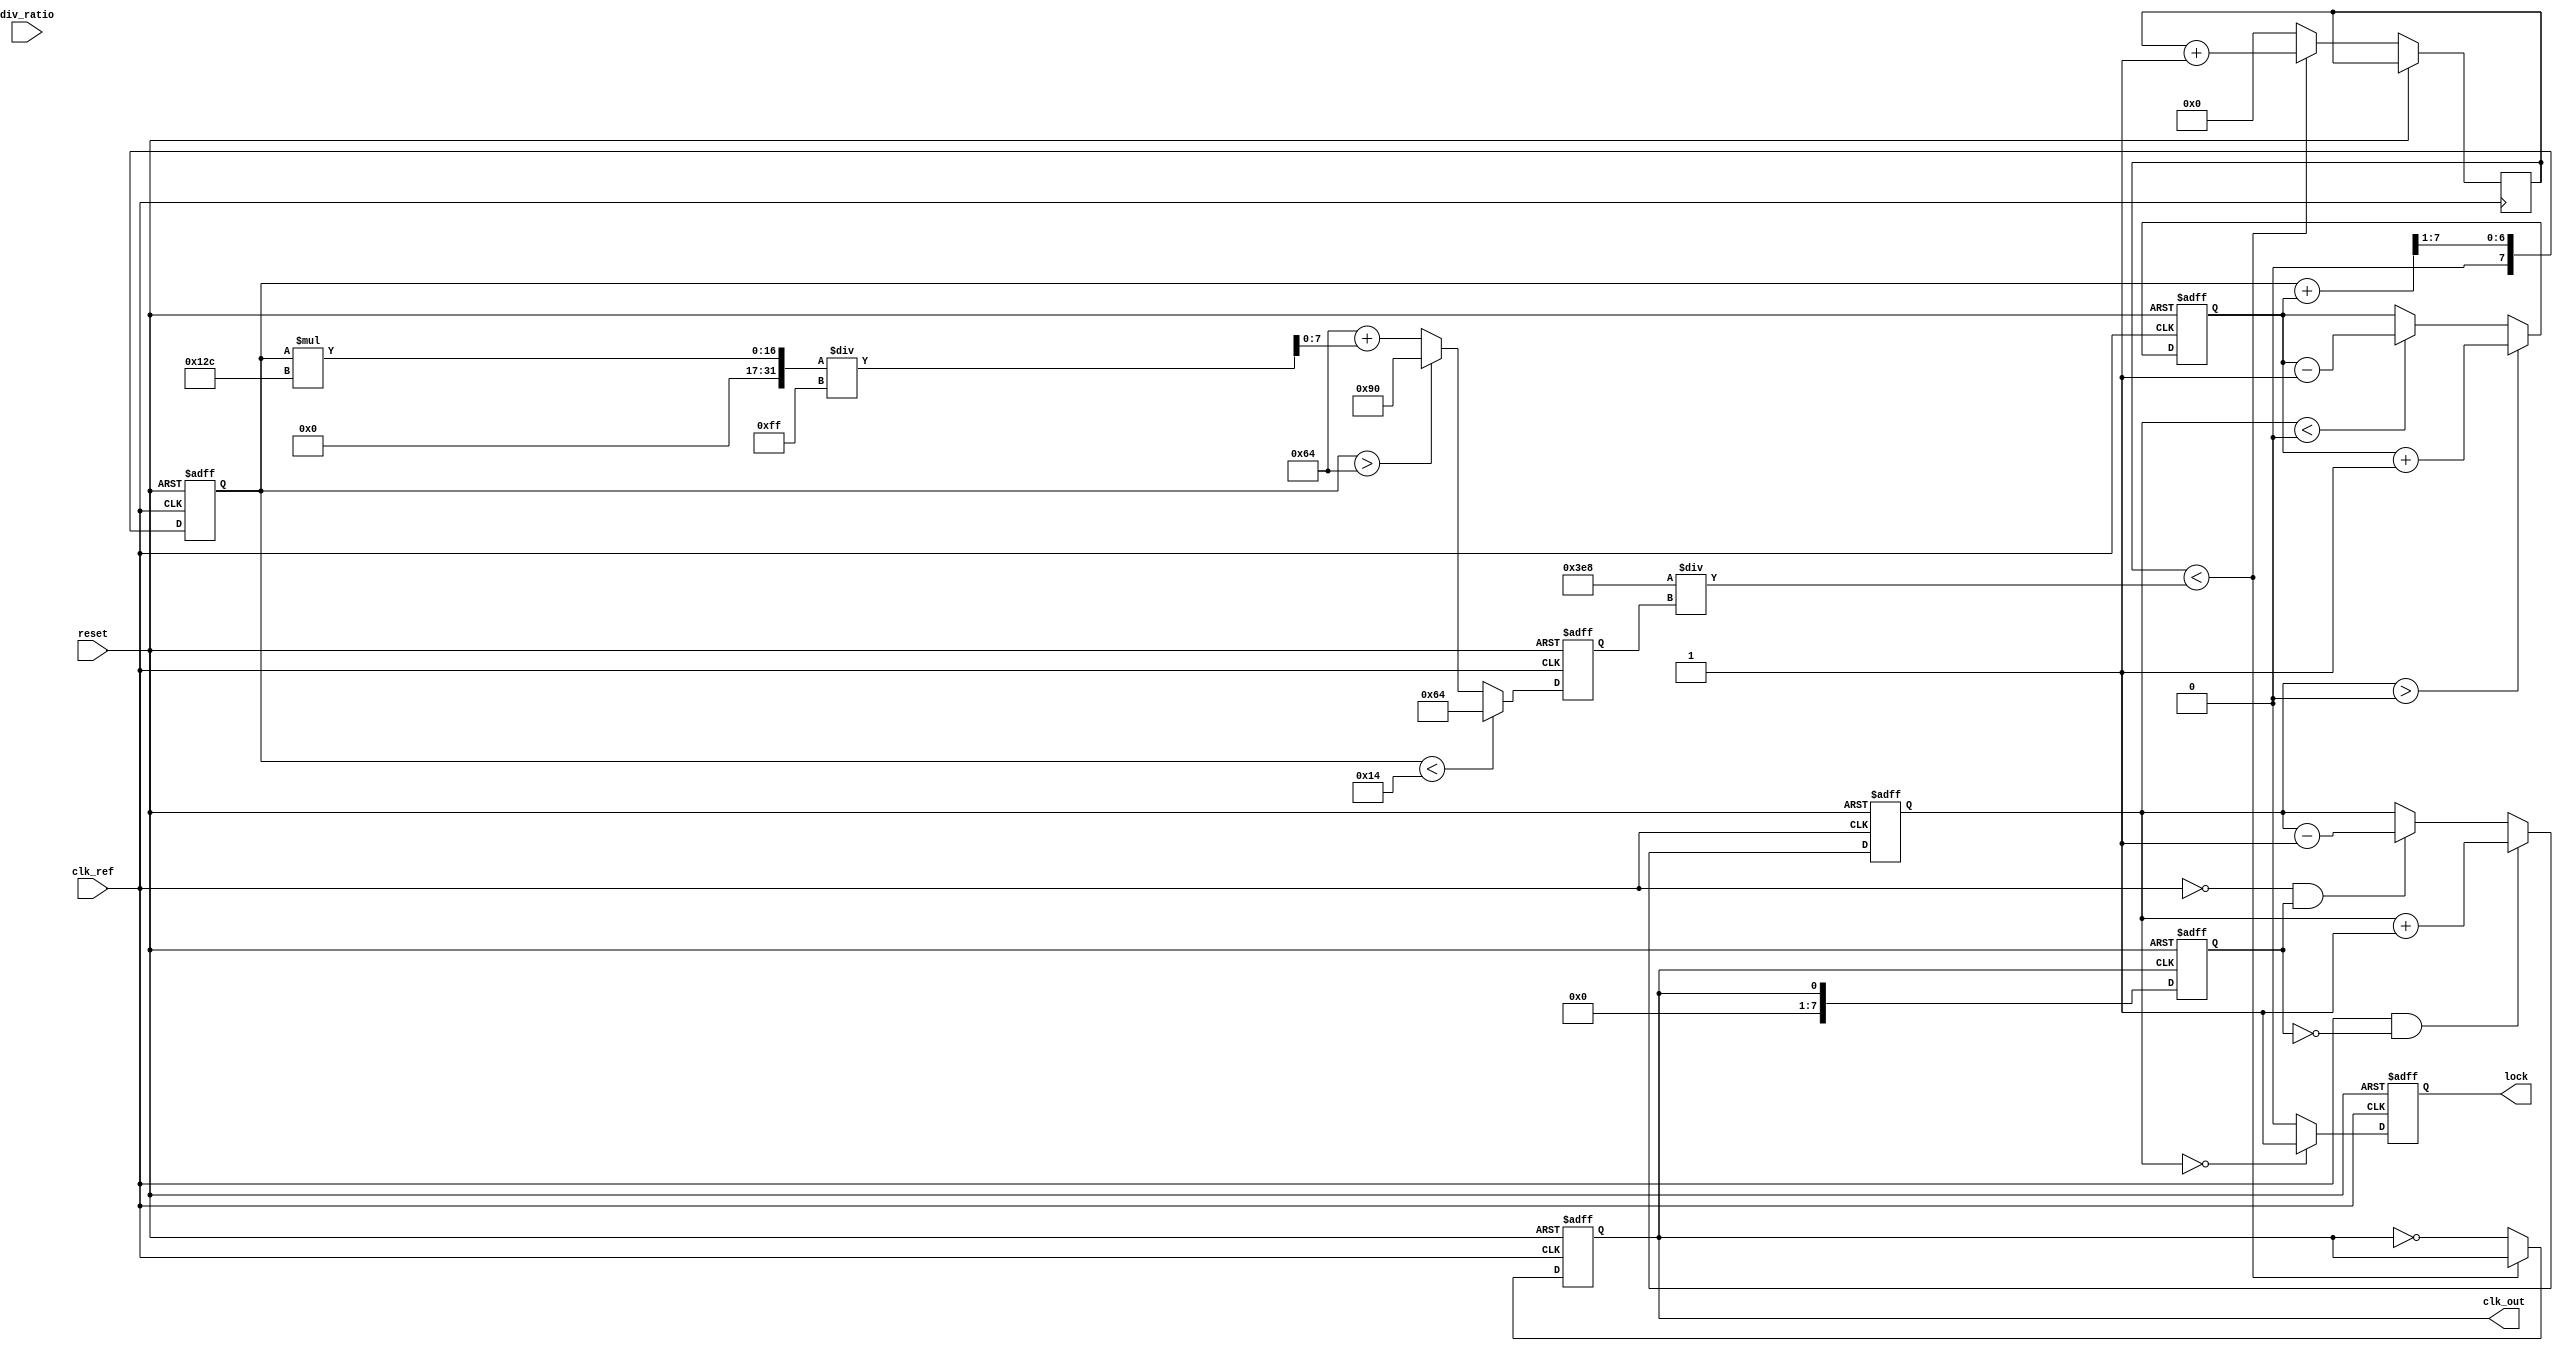
module PLL (
    input wire clk_ref,           // Input reference clock
    input wire reset,             // Active high reset
    input wire [2:0] div_ratio,   // Divider ratio for feedback clock
    output reg clk_out,           // Output clock
    output reg lock               // Lock indicator
);

// Parameters
parameter integer VCO_MAX_FREQ = 400; // Maximum VCO frequency in MHz
parameter integer VCO_MIN_FREQ = 100; // Minimum VCO frequency in MHz
parameter integer VCO_STEP = 10;      // Frequency step in MHz

// Internal signals
reg [7:0] phase_error;               // Phase error signal
reg [7:0] control_voltage;            // Control voltage from charge pump
reg [7:0] filtered_voltage;           // Filtered voltage
reg [7:0] vco_frequency;              // VCO frequency
reg [7:0] feedback_clk;               // Feedback clock from frequency divider
reg [7:0] divider_count;              // Divider count for feedback clock
reg vco_running;                      // VCO running state

// Phase Detector (PFD)
always @(posedge clk_ref or posedge reset) begin
    if (reset) begin
        phase_error <= 8'b0;
    end else begin
        // Compare reference clock with feedback clock
        if (clk_ref && !feedback_clk) begin
            phase_error <= phase_error + 1; // Increment phase error
        end else if (!clk_ref && feedback_clk) begin
            phase_error <= phase_error - 1; // Decrement phase error
        end
    end
end

// Charge Pump
always @(posedge clk_ref or posedge reset) begin
    if (reset) begin
        control_voltage <= 8'b0;
    end else begin
        // Convert phase error to control voltage
        if (phase_error > 0) begin
            control_voltage <= control_voltage + 1; // Increase control voltage
        end else if (phase_error < 0) begin
            control_voltage <= control_voltage - 1; // Decrease control voltage
        end
    end
end

// Loop Filter (Simple RC Filter model)
always @(posedge clk_ref or posedge reset) begin
    if (reset) begin
        filtered_voltage <= 8'b0;
    end else begin
        filtered_voltage <= (filtered_voltage + control_voltage) >> 1; // Simple averaging
    end
end

// Voltage-Controlled Oscillator (VCO)
always @(posedge clk_ref or posedge reset) begin
    if (reset) begin
        vco_running <= 1'b0;
        clk_out <= 1'b0;
        vco_frequency <= VCO_MIN_FREQ; // Start at minimum frequency
    end else begin
        // Adjust VCO frequency based on filtered voltage
        if (filtered_voltage < 8'd20) begin
            vco_frequency <= VCO_MIN_FREQ;
        end else if (filtered_voltage > 8'd100) begin
            vco_frequency <= VCO_MAX_FREQ;
        end else begin
            vco_frequency <= VCO_MIN_FREQ + (filtered_voltage * (VCO_MAX_FREQ - VCO_MIN_FREQ)) / 8'd255;
        end

        // Generate output clock based on VCO frequency
        if (divider_count < (1000 / vco_frequency)) begin
            divider_count <= divider_count + 1;
        end else begin
            clk_out <= ~clk_out;
            divider_count <= 0;
        end
    end
end

// Frequency Divider
always @(posedge clk_out or posedge reset) begin
    if (reset) begin
        feedback_clk <= 8'b0;
    end else begin
        feedback_clk <= clk_out; // Feedback clock from VCO
    end
end

// Lock Detector
always @(posedge clk_ref or posedge reset) begin
    if (reset) begin
        lock <= 1'b0;
    end else begin
        // Simple lock detection logic
        if (phase_error == 0) begin
            lock <= 1'b1;
        end else begin
            lock <= 1'b0;
        end
    end
end

endmodule